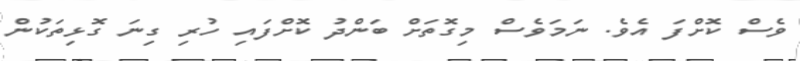
ވެސް ކޮށްފަ އެވެ. ނަމަވެސް މިގޮތަށް ބަންދު ކޮށްފައި ހުރި ގިނަ ގޮޅިތަކުން